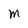
Character: M